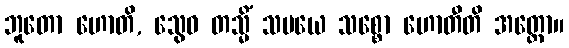
ဘူတော ဟောတိ, သွေဝ တသ္မိံ သမယေ သစ္စော ဟောတီတိ အတ္ထော။